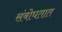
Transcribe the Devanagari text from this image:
संबोघतात